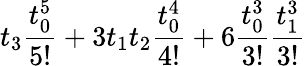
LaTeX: t_{3}\frac{t_{0}^{5}}{5!}+3t_{1}t_{2}\frac{t_{0}^{4}}{4!}+6\frac{t_{0}^{3}}{3!}\frac{t_{1}^{3}}{3!}